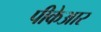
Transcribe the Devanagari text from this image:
पीकेआर